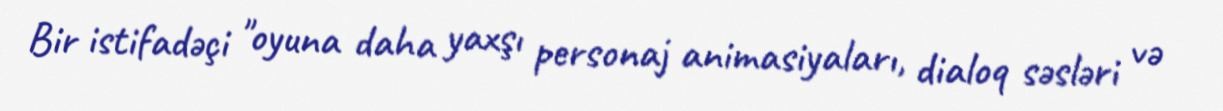
Bir istifadəçi "oyuna daha yaxşı personaj animasiyaları, dialoq səsləri və